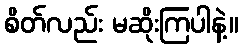
စိတ်လည်း မဆိုးကြပါနဲ့။